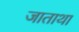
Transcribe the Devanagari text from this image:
जाताथा